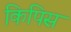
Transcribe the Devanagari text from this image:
किपिस